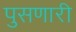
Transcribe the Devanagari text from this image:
पुसणारी